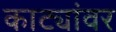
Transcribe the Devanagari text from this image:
काट्यांवर